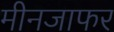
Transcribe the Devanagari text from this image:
मीनजाफर